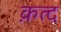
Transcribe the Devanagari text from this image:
क़त्द